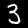
Digit: 3